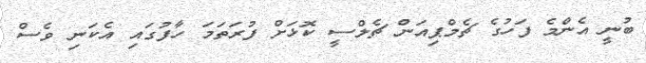
ބުނީ އެންމެ ފަހުގެ ޗެމްޕިއަން ޗެލްސީ ކޮޅަށް ފުރަތަމަ ހާފުގައި އެކަނި ވެސް